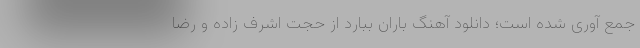
جمع آوری شده است؛ دانلود آهنگ باران ببارد از حجت اشرف زاده و رضا